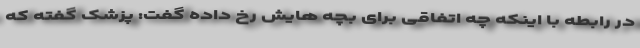
در رابطه با اینکه چه اتفاقی برای بچه هایش رخ داده گفت: پزشک گفته که